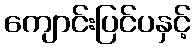
ကျောင်းပြင်ပနှင့်